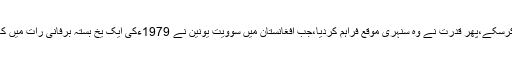
پاکستانی عوام اس صدمے کو کبھی فراموش نہیں کرسکے،پھر قدرت نے وہ سنہری موقع فراہم کردیا،جب افغانستان میں سوویت یونین نے 1979ءکی ایک یخ بستہ برفانی رات میں کابل کے باگرام ایئرپورٹ پر سرخ فوج کو اتار دیا ۔